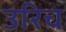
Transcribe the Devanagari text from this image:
उरिच